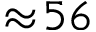
\approx \! 5 6